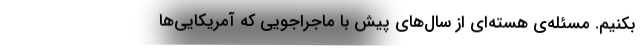
بکنیم. مسئله‌ی هسته‌ای از سال‌های پیش با ماجراجویی که آمریکایی‌ها